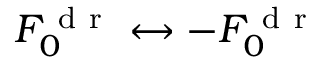
F _ { 0 } ^ { \mathrm { ~ d ~ r ~ } } \leftrightarrow - F _ { 0 } ^ { \mathrm { ~ d ~ r ~ } }